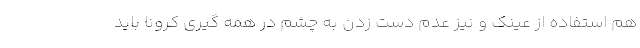
هم استفاده از عینک و نیز عدم دست زدن به چشم در همه گیری کرونا باید